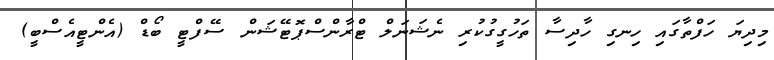
މިދިޔަ ހަފްތާގައި ހިނގި ހާދިސާ ތަހުގީގުކުރި ނެޝަނަލް ޓްރާންސްޕޮޓޭޝަން ސޭފްޓީ ބޯޑް (އެންޓީއެސްބީ)